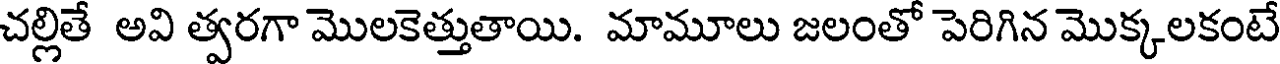
చల్లితే అవి త్వరగా మొలకెత్తుతాయి. మామూలు జలంతో పెరిగిన మొక్కలకంటే